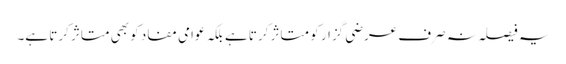
یہ فیصلہ نہ صرف عرضی گزار کو متاثر کرتا ہے بلکہ عوامی مفاد کو بھی متاثر کرتا ہے۔